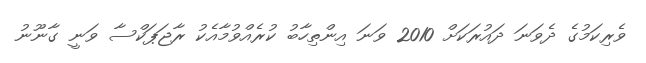
ވެރިކަމުގެ ދެވަނަ ދައުރަކަށް 2010 ވަނަ އިންތިހާބު ކުރެއްވުމާއެކު ރާޖަޕަކްސާ ވަނީ ގާނޫނު